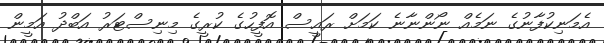
އެމަނިކުފާނުގެ ނަމެއް ނޯންނާނެ ކަމަށް ރައީސް އޮފީހުގެ ކުރީގެ މިނިސްޓަރު އަބްދު އަމީން